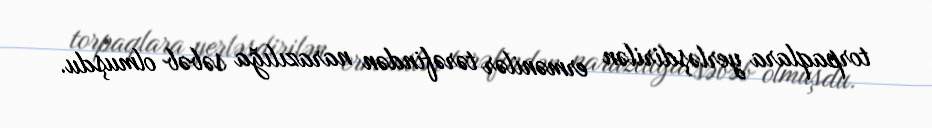
torpaqlara yerləşdirilən ermənilər tərəfindən narazılığa səbəb olmuşdu.